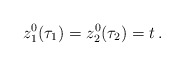
\begin{align*}z_1^0(\tau_1) =z_2^0 (\tau_2)= t \, .\end{align*}